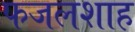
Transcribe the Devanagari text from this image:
फजलशाह